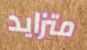
متزايد